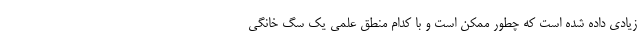
زیادی داده شده است که چطور ممکن است و با کدام منطق علمی یک سگ خانگی